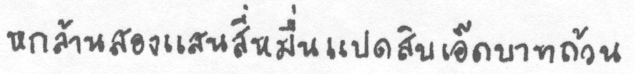
หกล้านสองแสนสี่หมื่นแปดสิบเอ็ดบาทถ้วน